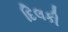
દિલકી